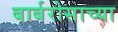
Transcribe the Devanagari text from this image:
बार्बरोसाच्या